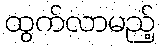
ထွက်လာမည့်